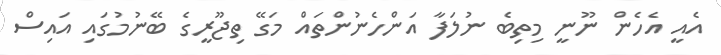
އެއީ އެހެން ނޫނީ މިތިބެ ނުލަފާ އަންހެނުންތައް މަގޭ ތިޖޫރީގެ ބޭނުމުގައި އައިސް